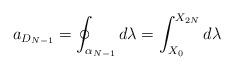
LaTeX: \begin{align*}a_{D_{N-1}} = \oint_{\alpha_{N-1}} d\lambda =\int_{X_0}^{X_{2N}} d\lambda\end{align*}